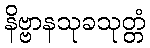
နိဗ္ဗာနသုခသုတ္တံ